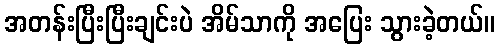
အတန်းပြီးပြီးချင်းပဲ အိမ်သာကို အပြေး သွားခဲ့တယ်။